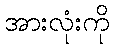
အားလုံးကို